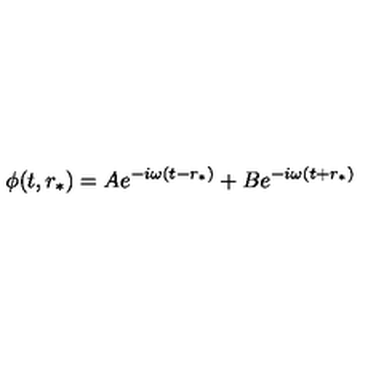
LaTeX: \phi ( t , r _ { * } ) = A e ^ { - i \omega ( t - r _ { * } ) } + B e ^ { - i \omega ( t + r _ { * } ) }